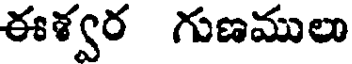
ఈశ్వర గుణములు